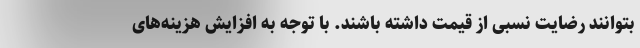
بتوانند رضایت نسبی از قیمت داشته باشند. با توجه به افزایش هزینه‌های